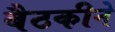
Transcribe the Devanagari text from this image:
बैठकीने